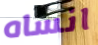
انساه